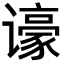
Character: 𬤫